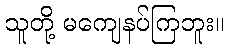
သူတို့ မကျေနပ်ကြဘူး။